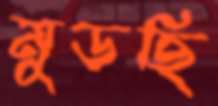
মুড়ছি